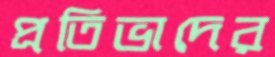
প্রতিভাদের